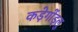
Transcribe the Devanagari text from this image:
कड़ेगोंड्लु